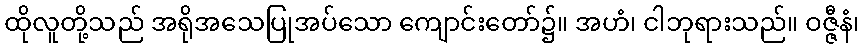
ထိုလူတို့သည် အရိုအသေပြုအပ်သော ကျောင်းတော်၌။ အဟံ၊ ငါဘုရားသည်။ ဝဇ္ဇီနံ၊